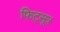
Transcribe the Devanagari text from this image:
फिट्सूत्र